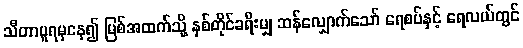
သီတာပူရမှနေ၍ မြစ်အထက်သို့ နှစ်တိုင်ခရီးမျှ ဆန်လျှောက်သော် ရေစပ်နှင့် ရေလယ်တွင်